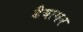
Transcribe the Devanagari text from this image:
डैयागन